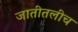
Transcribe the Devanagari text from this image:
जातीतलीच